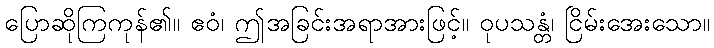
ပြောဆိုကြကုန်၏။ ဧဝံ၊ ဤအခြင်းအရာအားဖြင့်။ ဝုပသန္တံ၊ ငြိမ်းအေးသော။